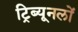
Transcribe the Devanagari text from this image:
ट्रिब्यूनलों